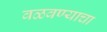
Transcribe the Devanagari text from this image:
वळवण्याचा